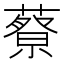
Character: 𦾍